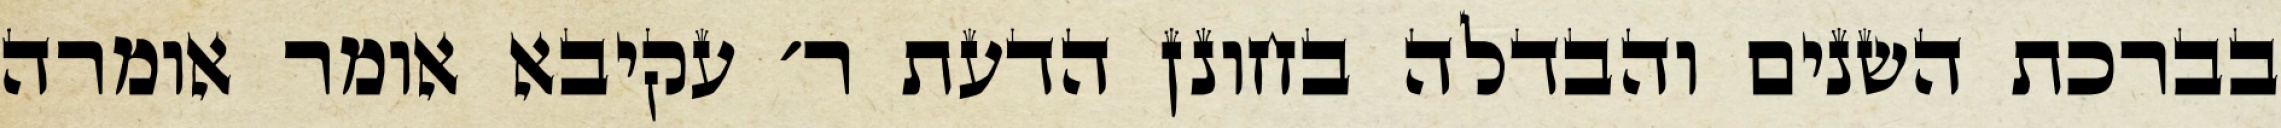
בברכת השנים והבדלה בחונן הדעת ר׳ עקיבא אומר אומרה